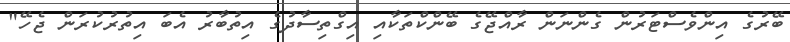
ބޭރުގެ އިންވެސްޓަރުން ގެންނަން ރާއްޖޭގެ ބޭންކްތަކާއި އިގްތިސާދުގެ އިތުބާރު އެބަ އިތުރުކުރަން ޖެހޭ"